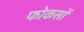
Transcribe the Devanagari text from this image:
फोकसों